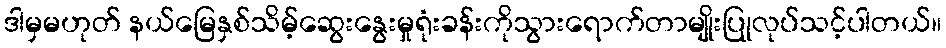
ဒါမှမဟုတ် နယ်မြေနှစ်သိမ့်ဆွေးနွေးမှုရုံးခန်းကိုသွားရောက်တာမျိုးပြုုလုပ်သင့်ပါတယ်။